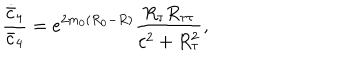
LaTeX: { \frac { \dot { \bar { c } } _ { 4 } } { \bar { c } _ { 4 } } } = e ^ { 2 m _ { 0 } ( R _ { 0 } - R ) } { \frac { R _ { \tau } R _ { \tau \tau } } { c ^ { 2 } + R _ { \tau } ^ { 2 } } } ,